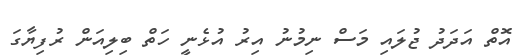
އޮތް އަދަދު ޖުލައި މަސް ނިމުނު އިރު އުޅެނީ ހަތް ބިލިއަން ރުފިޔާގަ